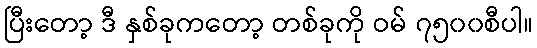
ပြီးတော့ ဒီ နှစ်ခုကတော့ တစ်ခုကို ဝမ် ၇၅၀၀စီပါ။